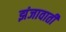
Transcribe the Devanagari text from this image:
झंजावाती